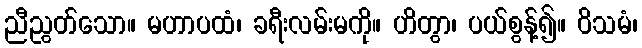
ညီညွတ်သော။ မဟာပထံ၊ ခရီးလမ်းမကို။ ဟိတွာ၊ ပယ်စွန့်၍။ ဝိသမံ၊